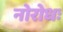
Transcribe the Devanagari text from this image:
नोरोधः